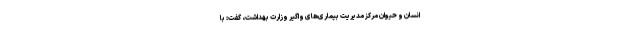
انسان و حیوان مرکز مدیریت بیماری‌های واگیر وزارت بهداشت، گفت: با